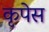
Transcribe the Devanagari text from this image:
कृपेस